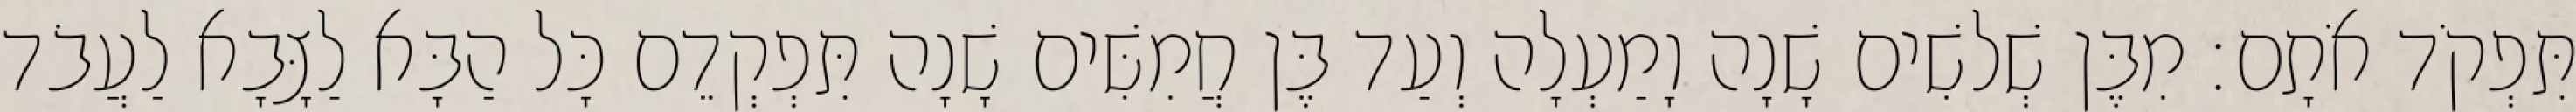
תִּפְקֹד אֹתָם׃ מִבֶּן שְׁלשִׁים שָׁנָה וָמַעְלָה וְעַד בֶּן חֲמִשִּׁים שָׁנָה תִּפְקְדֵם כָּל הַבָּא לַצָּבָא לַעֲבֹד